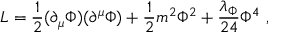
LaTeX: L = { \frac { 1 } { 2 } } ( \partial _ { \mu } \Phi ) ( \partial ^ { \mu } \Phi ) + { \frac { 1 } { 2 } } m ^ { 2 } \Phi ^ { 2 } + { \frac { \lambda _ { \Phi } } { 2 4 } } \Phi ^ { 4 } ~ ,